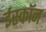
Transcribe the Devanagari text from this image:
ईस्काॅन